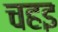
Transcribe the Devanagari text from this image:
चहइ